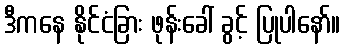
ဒီကနေ နိုင်ငံခြား ဖုန်းခေါ် ခွင့် ပြုပါနော်။